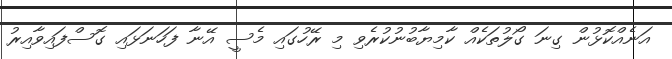
އަނެއްކޮޅުން ގިނަ ގޯލުތަކެއް ކާމިޔާބުނުކުރެވި މި ރޭހުގައި މެސީ އޭނާ ފަހަނަޅައި ގޮސްފައިވާއިރު